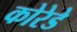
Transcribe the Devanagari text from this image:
कोरेडे